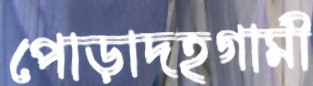
পোড়াদহগামী